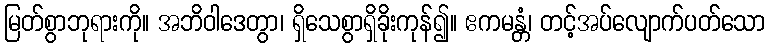
မြတ်စွာဘုရားကို။ အဘိဝါဒေတွာ၊ ရှိသေစွာရှိခိုးကုန်၍။ ဧကမန္တံ၊ တင့်အပ်လျောက်ပတ်သော